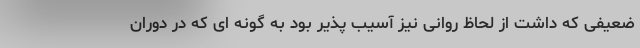
ضعیفی که داشت از لحاظ روانی نیز آسیب پذیر بود به گونه ای که در دوران